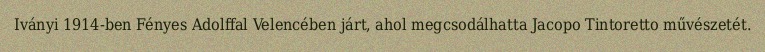
Iványi 1914-ben Fényes Adolffal Velencében járt, ahol megcsodálhatta Jacopo Tintoretto művészetét.